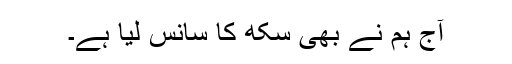
آج ہم نے بھی سکھ کا سانس لیا ہے۔